Source: Handwritten
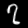
Digit: ၇ (7)